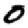
Digit: 0